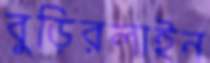
বুড়িরলাইন